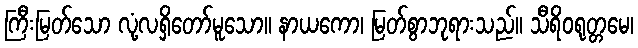
ကြီးမြတ်သော လုံ့လရှိတော်မူသော။ နာယကော၊ မြတ်စွာဘုရားသည်။ သီရိဝရုတ္တမေ၊